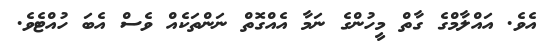
އެވެ. އައްލާމްގެ ގާތް މީހުންގެ ނަމާ އެއްގޮތް ނަންތަކެއް ވެސް އެބަ ހުއްޓެވެ.